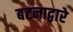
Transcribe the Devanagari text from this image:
बटनाद्वारे